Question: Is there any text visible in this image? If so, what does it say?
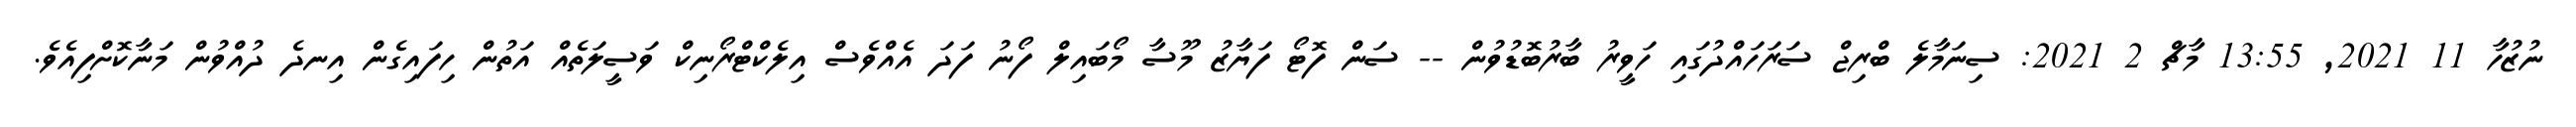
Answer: ނުޒުހާ 11 2021, 13:55 މާޗް 2 2021: ސިނަމާލެ ބްރިޖް ސަރަހައްދުގައި ހަވީރު ބާރުބޮޑުވުން -- ސަން ފޮޓޯ ފަޔާޒު މޫސާ މޯބައިލް ފޯނު ފަދަ އެއްވެސް އިލެކްޓްރޯނިކް ވަސީލަތެއް އަތުން ހިފައިގެން އިނދެ ދުއްވުން މަނާކޮށްފިއެވެ.